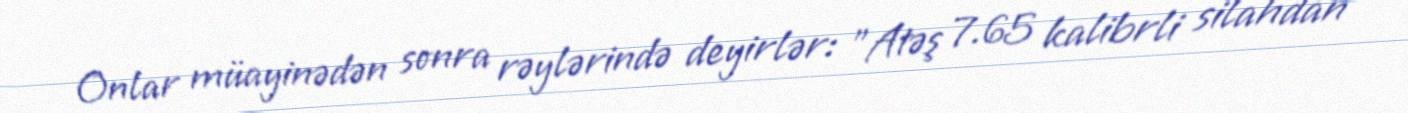
Onlar müayinədən sonra rəylərində deyirlər: "Atəş 7.65 kalibrli silahdan